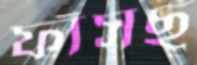
ফাঁসছ